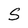
Character: S